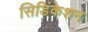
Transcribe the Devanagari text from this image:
सिडिंकेशन